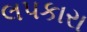
લપકારા